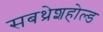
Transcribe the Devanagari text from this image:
सबथ्रेशहोल्ड